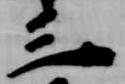
三